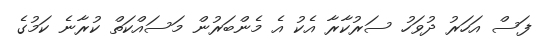
ފަސް އަހަރު ދުވަހު ސަރުކާރާ އެކު އެ މެންބަރުން މަސައްކަތް ކުރާނެ ކަމުގެ